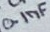
Text: 0.1nF